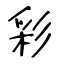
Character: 彩